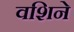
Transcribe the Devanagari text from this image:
वशिने